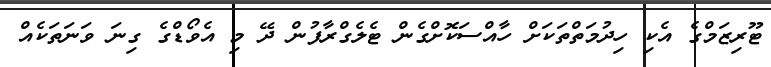
ޓޫރިޒަމްގެ އެކި ހިދުމަތްތަކަށް ހާއްސަކޮށްގެން ޓެލެގްރާފުން ދޭ މި އެވޯޑްގެ ގިނަ ވަނަތަކެއް